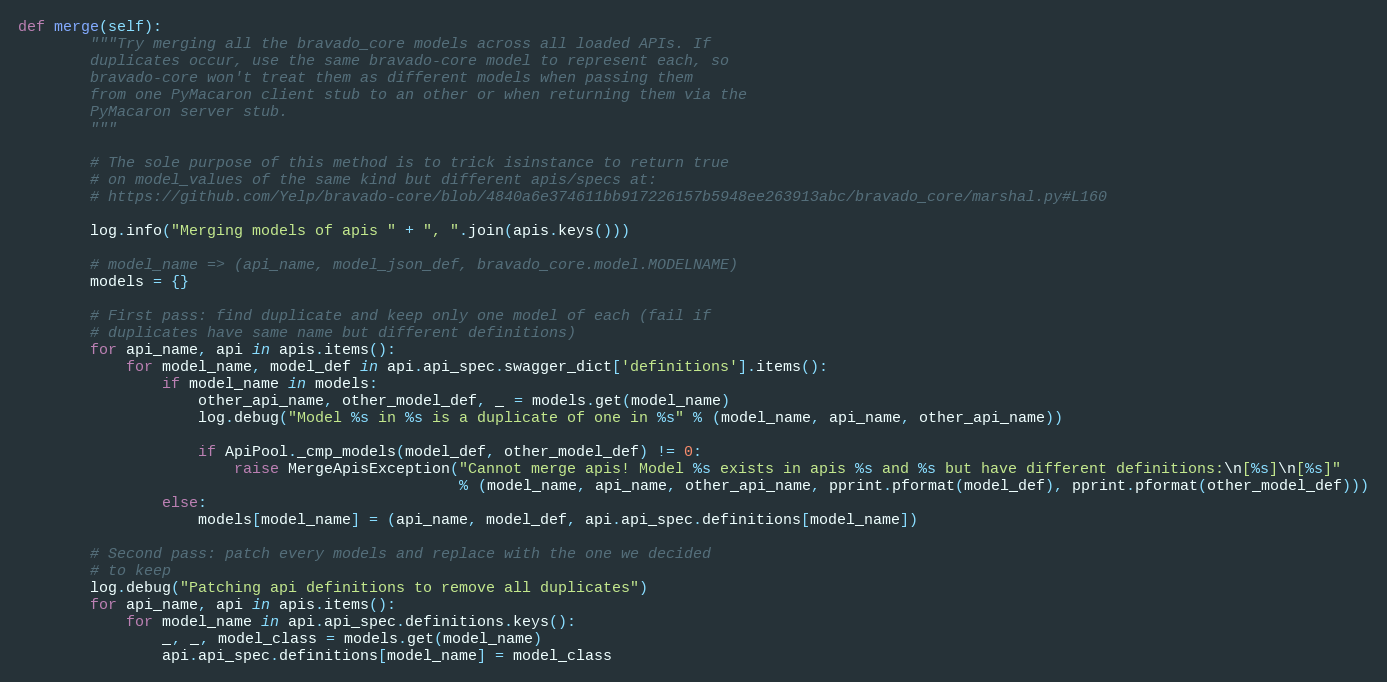
Language: Python
def merge(self):
        """Try merging all the bravado_core models across all loaded APIs. If
        duplicates occur, use the same bravado-core model to represent each, so
        bravado-core won't treat them as different models when passing them
        from one PyMacaron client stub to an other or when returning them via the
        PyMacaron server stub.
        """

        # The sole purpose of this method is to trick isinstance to return true
        # on model_values of the same kind but different apis/specs at:
        # https://github.com/Yelp/bravado-core/blob/4840a6e374611bb917226157b5948ee263913abc/bravado_core/marshal.py#L160

        log.info("Merging models of apis " + ", ".join(apis.keys()))

        # model_name => (api_name, model_json_def, bravado_core.model.MODELNAME)
        models = {}

        # First pass: find duplicate and keep only one model of each (fail if
        # duplicates have same name but different definitions)
        for api_name, api in apis.items():
            for model_name, model_def in api.api_spec.swagger_dict['definitions'].items():
                if model_name in models:
                    other_api_name, other_model_def, _ = models.get(model_name)
                    log.debug("Model %s in %s is a duplicate of one in %s" % (model_name, api_name, other_api_name))

                    if ApiPool._cmp_models(model_def, other_model_def) != 0:
                        raise MergeApisException("Cannot merge apis! Model %s exists in apis %s and %s but have different definitions:\n[%s]\n[%s]"
                                                 % (model_name, api_name, other_api_name, pprint.pformat(model_def), pprint.pformat(other_model_def)))
                else:
                    models[model_name] = (api_name, model_def, api.api_spec.definitions[model_name])

        # Second pass: patch every models and replace with the one we decided
        # to keep
        log.debug("Patching api definitions to remove all duplicates")
        for api_name, api in apis.items():
            for model_name in api.api_spec.definitions.keys():
                _, _, model_class = models.get(model_name)
                api.api_spec.definitions[model_name] = model_class